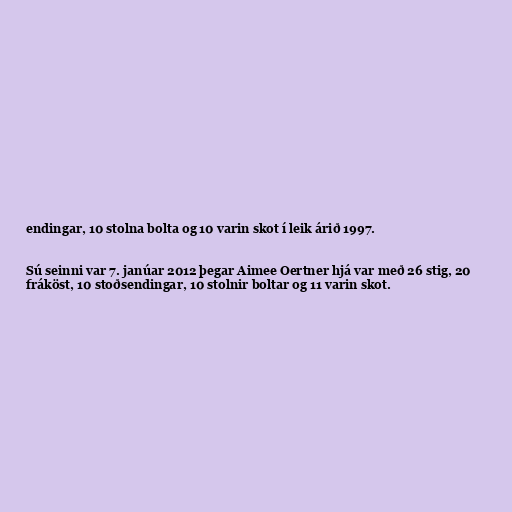
endingar, 10 stolna bolta og 10 varin skot í leik árið 1997.

Sú seinni var 7. janúar 2012 þegar Aimee Oertner hjá var með 26 stig, 20
fráköst, 10 stoðsendingar, 10 stolnir boltar og 11 varin skot.